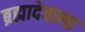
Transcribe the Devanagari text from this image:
ब्रह्मादेवाला